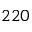
2 2 0